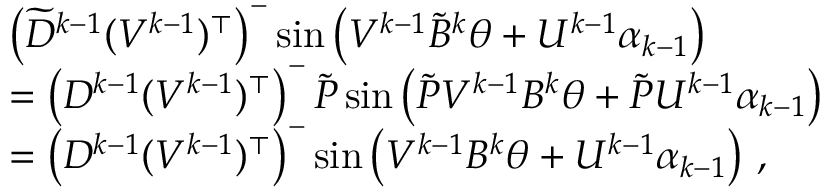
\begin{array} { r l } & { \left( \widetilde { D } ^ { k - 1 } ( V ^ { k - 1 } ) ^ { \top } \right) ^ { - } \sin \left( V ^ { k - 1 } \widetilde { B } ^ { k } \theta + U ^ { k - 1 } \alpha _ { k - 1 } \right) } \\ & { = \left( D ^ { k - 1 } ( V ^ { k - 1 } ) ^ { \top } \right) ^ { - } \widetilde { P } \sin \left( \widetilde { P } V ^ { k - 1 } B ^ { k } \theta + \widetilde { P } U ^ { k - 1 } \alpha _ { k - 1 } \right) } \\ & { = \left( D ^ { k - 1 } ( V ^ { k - 1 } ) ^ { \top } \right) ^ { - } \sin \left( V ^ { k - 1 } B ^ { k } \theta + U ^ { k - 1 } \alpha _ { k - 1 } \right) \, , } \end{array}